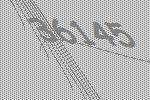
36145